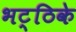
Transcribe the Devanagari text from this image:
भट्ठिके